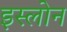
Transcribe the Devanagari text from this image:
इस्लोन